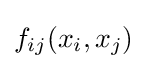
f_{ij}(x_{i},x_{j})